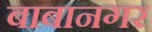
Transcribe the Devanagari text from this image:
बाबानगर